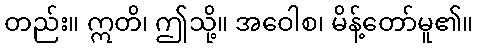
တည်း။ ဣတိ၊ ဤသို့။ အဝေါစ၊ မိန့်တော်မူ၏။